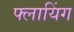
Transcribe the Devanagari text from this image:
फ्लायिंग